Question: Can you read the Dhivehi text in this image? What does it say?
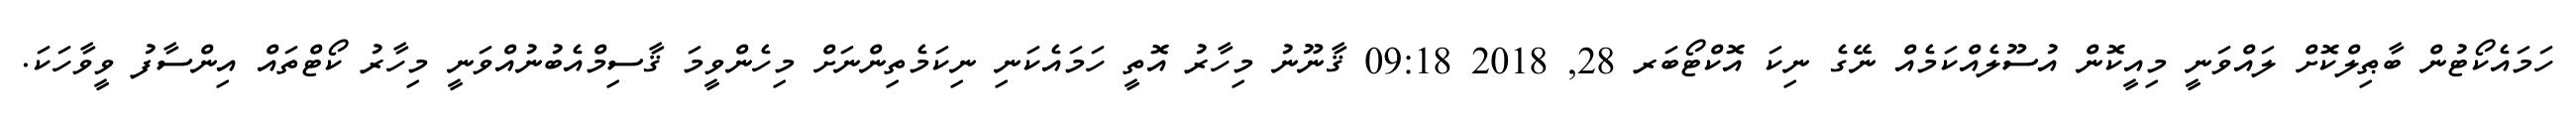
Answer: ހަމައެކޯޓުން ބާޠިލްކޮށް ލައްވަނީ މިއީކޮން އުސޫލެއްކަމެއް ނޭގެ ނިކަ އޮކްޓޯބަރ 28, 2018 09:18 ޤާނޫނު މިހާރު އޮތީ ހަމައެކަނި ނިކަމެތިންނަށް މިހެންވީމަ ޤާސިމްއެބުނުއްވަނީ މިހާރު ކޯޓްތައް އިންސާފު ވީވާހަކަ.